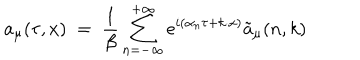
a _ { \mu } ( \tau , x ) \; = \; \frac { 1 } { \beta } \sum _ { n = - \infty } ^ { + \infty } e ^ { i ( \alpha _ { n } \tau + k \cdot x ) } { \tilde { a } } _ { \mu } ( n , k )